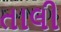
તાલી